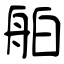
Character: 舶